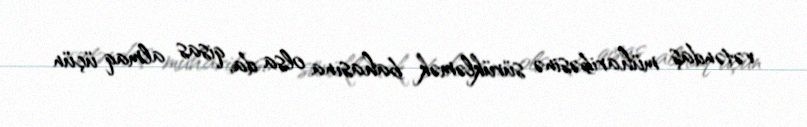
vətəndaş müharibəsinə sürükləmək bahasına olsa da, qisas almaq üçün